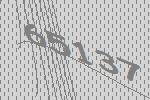
65137